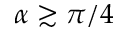
\alpha \gtrsim \pi / 4